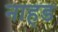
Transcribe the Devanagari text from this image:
नाहड